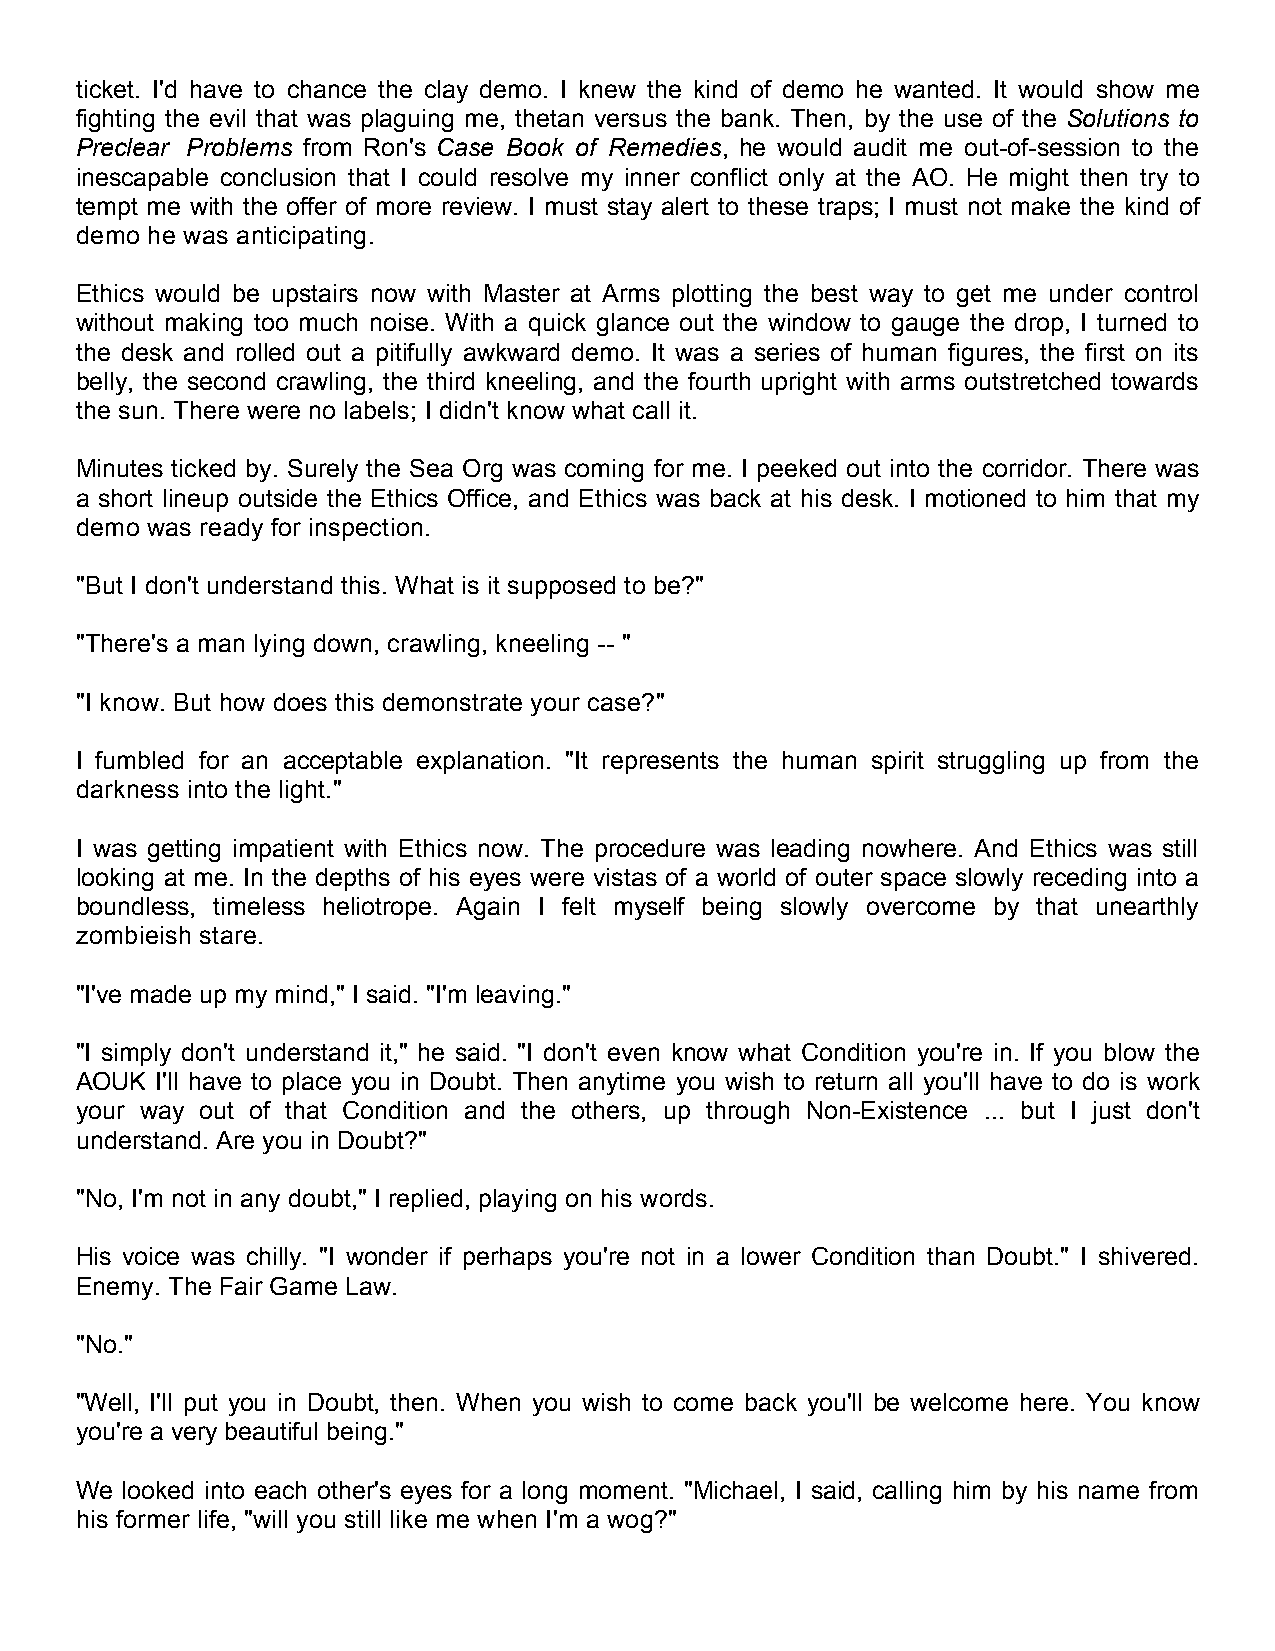
ticket. I'd have to chance the clay demo. I knew the kind of demo he wanted. It would show me
 fighting the evil that was plaguing me, thetan versus the bank. Then, by the use of the Solutions to
 Preclear Problems from Ron's Case Book of Remedies, he would audit me out-of-session to the
 inescapable conclusion that I could resolve my inner conflict only at the AO. He might then try to
 tempt me with the offer of more review. I must stay alert to these traps; I must not make the kind of
 demo he was anticipating.
 Ethics would be upstairs now with Master at Arms plotting the best way to get me under control
 without making too much noise. With a quick glance out the window to gauge the drop, I turned to
 the desk and rolled out a pitifully awkward demo. It was a series of human figures, the first on its
 belly, the second crawling, the third kneeling, and the fourth upright with arms outstretched towards
 the sun. There were no labels; I didn't know what call it.
 Minutes ticked by. Surely the Sea Org was coming for me. I peeked out into the corridor. There was
 a short lineup outside the Ethics Office, and Ethics was back at his desk. I motioned to him that my
 demo was ready for inspection.
 "But I don't understand this. What is it supposed to be?"
 "There's a man lying down, crawling, kneeling -- "
 "I know. But how does this demonstrate your case?"
 I fumbled for an acceptable explanation. "It represents the human spirit struggling up from the
 darkness into the light."
 I was getting impatient with Ethics now. The procedure was leading nowhere. And Ethics was still
 looking at me. In the depths of his eyes were vistas of a world of outer space slowly receding into a
 boundless, timeless heliotrope. Again I felt myself being slowly overcome by that unearthly
 zombieish stare.
 "I've made up my mind," I said. "I'm leaving."
 "I simply don't understand it," he said. "I don't even know what Condition you're in. If you blow the
 AOUK I'll have to place you in Doubt. Then anytime you wish to return all you'll have to do is work
 your way out of that Condition and the others, up through Non-Existence ... but I just don't
 understand. Are you in Doubt?"
 "No, I'm not in any doubt," I replied, playing on his words.
 His voice was chilly. "I wonder if perhaps you're not in a lower Condition than Doubt." I shivered.
 Enemy. The Fair Game Law.
 "No."
 "Well, I'll put you in Doubt, then. When you wish to come back you'll be welcome here. You know
 you're a very beautiful being."
 We looked into each other's eyes for a long moment. "Michael, I said, calling him by his name from
 his former life, "will you still like me when I'm a wog?"